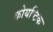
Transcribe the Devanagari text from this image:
कोयष्टिक